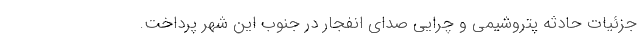
جزئیات حادثه پتروشیمی و چرایی صدای انفجار در جنوب این شهر پرداخت.